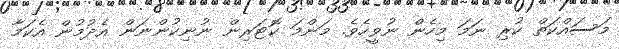
މަސައްކަތް ކުރި ނަމަ މިހެން ނުވީހެވެ. މަންމަ ކޮޓަރިން ނުނިކުންނަން އެދުމުން އެކަމާ